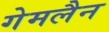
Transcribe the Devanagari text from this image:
गेमलैन